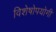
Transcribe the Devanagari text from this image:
विशेषोपयोगी